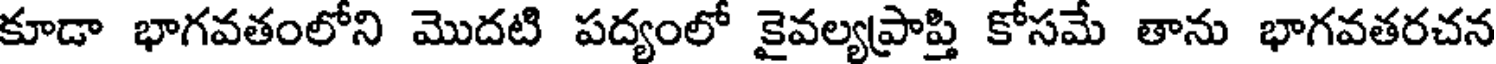
కూడా భాగవతంలోని మొదటి పద్యంలో కైవల్యప్రాప్తి కోసమ తాను భాగవతరచన